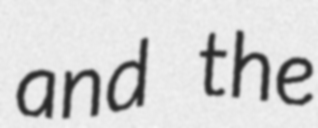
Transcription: and the